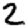
Digit: 2